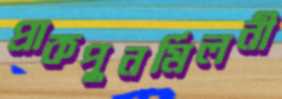
প্রাকপুনর্মিলনী